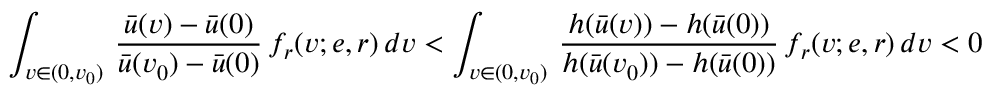
\int _ { v \in ( 0 , v _ { 0 } ) } \, \frac { \bar { u } ( v ) - \bar { u } ( 0 ) } { \bar { u } ( v _ { 0 } ) - \bar { u } ( 0 ) } \, f _ { r } ( v ; e , r ) \, d v < \int _ { v \in ( 0 , v _ { 0 } ) } \, \frac { h ( \bar { u } ( v ) ) - h ( \bar { u } ( 0 ) ) } { h ( \bar { u } ( v _ { 0 } ) ) - h ( \bar { u } ( 0 ) ) } \, f _ { r } ( v ; e , r ) \, d v < 0